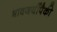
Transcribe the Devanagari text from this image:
भावजयींपैकी